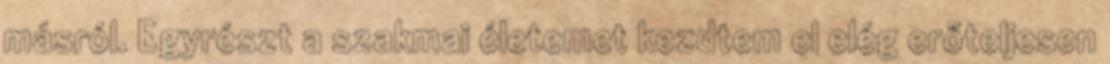
másról. Egyrészt a szakmai életemet kezdtem el elég erőteljesen